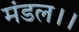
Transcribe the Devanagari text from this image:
मंडल।।